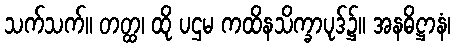
သက်သက်။ တတ္ထ၊ ထို ပဌမ ကထိနသိက္ခာပုဒ်၌။ အနဓိဋ္ဌာနံ၊